Punjab Mental Hospital Lahore 1932-46 - 1932-1946
Year: 1932
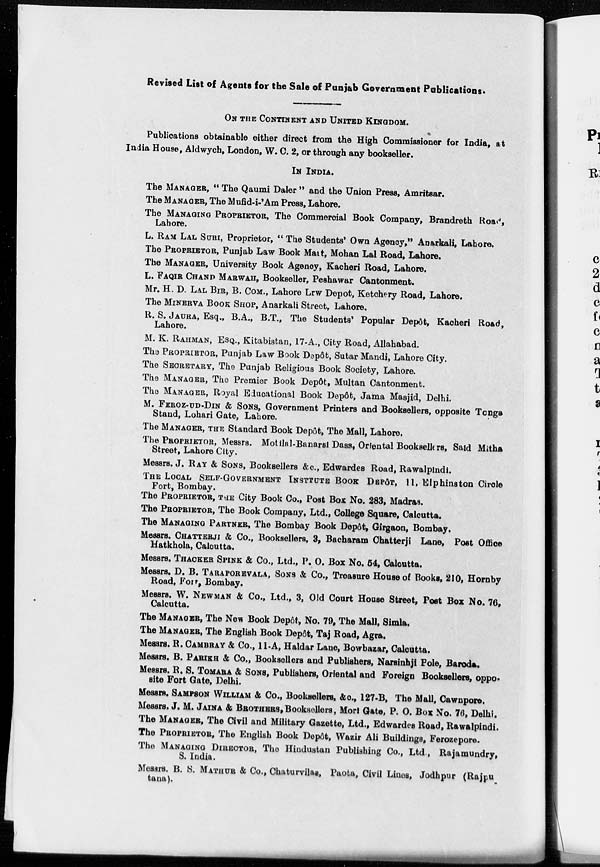
Revised List of Agents for the Sale of Punjab Government Publications.
ON THE CONTINENT AND UNITED KINGDOM.
Publications obtainable either direct from the High Commissioner for India, at
India House, Aldwych, London, W. C. 2, or through any bookseller.
IN INDIA.
The MANAGER, " The Qaumi Daler " and the Union Press, Amritsar.
The MANAGER, The Mufid-i-'Am Press, Lahore.
The MANAGING PROPRIETOR, The Commercial Book Company, Brandreth Road,
Lahore.
L. RAM LAL SURI, Proprietor, " The Students' Own Agency," Anarkali, Lahore.
The PROPRIETOR, Punjab Law Book Mait, Mohan Lal Road, Lahore.
The MANAGER, University Book Agency, Kacheri Road, Lahore.
L. FAQIR CHAND MARWAH, Bookseller, Peshawar Cantonment.
Mr. H. D. LAL BIR, B. COM., Lahore Lrw Depot, Ketchery Road, Lahore.
The MINERVA BOOK SHOP, Anarkali Street, Lahore.
R. S. JAURA, Esq., B.A., B.T., The Students' Popular Depôt, Kacheri Road,
Lahore.
M. K. RAHMAN, ESQ., Kitabistan, 17-A., City Road, Allahabad.
The PROPRIETOR, Punjab Law Book Depôt, Sutar Mandi, Lahore City.
The SECRETARY, The Punjab Religious Book Society, Lahore.
The MANAGER, The Premier Book Depôt, Multan Cantonment.
The MANAGER, Royal Educational Book Depôt, Jama Masjid, Delhi.
M. FEROZ-UD-DIN & SONS, Government Printers and Booksellers, opposite Tonga
Stand, Lohari Gate, Lahore.
The MANAGER, THE Standard Book Depôt, The Mall, Lahore.
The PROPRIETOR, Messrs. Motilal-Banarsi Dass, Oriental Booksellers, Said Mitha
Street, Lahore City.
Messrs. J. RAY & SONS, Booksellers &c., Edwardes Road, Rawalpindi.
THE LOCAL SELF-GOVERNMENT INSTTUTE BOOK Depôt, 11, EIphinston Circle
Fort, Bombay.
The PROPRIETOR, THE City Book Co., Post Box No. 283, Madras.
The PROPRIETOR, The Book Company, Ltd., College Square, Calcutta.
The MANAGING PARTNER, The Bombay Book Depôt, Girgaon, Bombay.
Messrs. CHATTERJI & Co., Booksellers, 3, Bacharam Chatterji Lane, Post Office
Hatkhola, Calcutta.
Messrs. THACKER SPINE & Co., Ltd., P. O. Box No. 54, Calcutta.
Messrs. D. B. TARAPOREVALA, SONS & Co., Treasure House of Books, 210, Hornby
Road, Fort, Bombay.
Messrs. W. NEWMAN & Co., Ltd., 3, Old Court House Street, Post Box No. 76,
Calcutta.
The MANAGER, The New Book Depôt, No. 79, The Mall, Simla.
The MANAGER, The English Book Depôt, Taj Road, Agra.
Messrs. R. CAMBRAY & Co., 11-A, Haldar Lane, Bowbazar, Calcutta.
Messrs. B. PARIKH & Co., Booksellers and Publishers, Narsinhji Pole, Baroda.
Messrs. R. S. TOMARA & SONS, Publishers, Oriental and Foreign Booksellers, oppo-
site Fort Gate, Delhi.
Messrs. SAMPSON WILLIAM & Co., Booksellers, &c., 127-B, The Mall, Cawnpore.
Messrs. J. M. JAINA & BROTHERS,Booksellers, Mori Gate, P. O. Box No. 76, Delhi.
The MANAGER, The Civil and Military Gazette, Ltd., Edwardes Road, Rawalpindi.
The PROPRIETOR, The English Book Depôt, Wazir Ali Buildings, Ferozepore.
The MANAGING DIRECTOR, The Hindustan Publishing Co., Ltd., Rajamundry,
S. India.
Messrs. B. S. MATHUR & Co., Chaturvilas, Paota, Civil Lines, Jodhpur (Rajpu
tana).